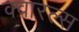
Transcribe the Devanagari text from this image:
क्वारल्स